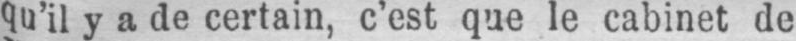
qu’il y a de certain, c’est que le cabinet de